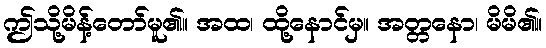
ဤသို့မိန့်တော်မူ၏။ အထ၊ ထို့နောင်မှ။ အတ္တနော၊ မိမိ၏။